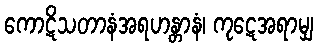
ကောဋိသတာနံအရဟန္တာနံ၊ ကုဋေအရာမျှ